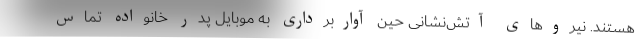
هستند. نیروهای آتش‌نشانی حین آواربرداری به موبایلِ پدر خانواده تماس